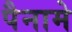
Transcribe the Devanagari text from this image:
पैनामे